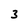
Character: 3